Report of the Municipal Commissioner on the plague in Bombay for the year ending 31st May... - Volume 2
Disease focus: Plague
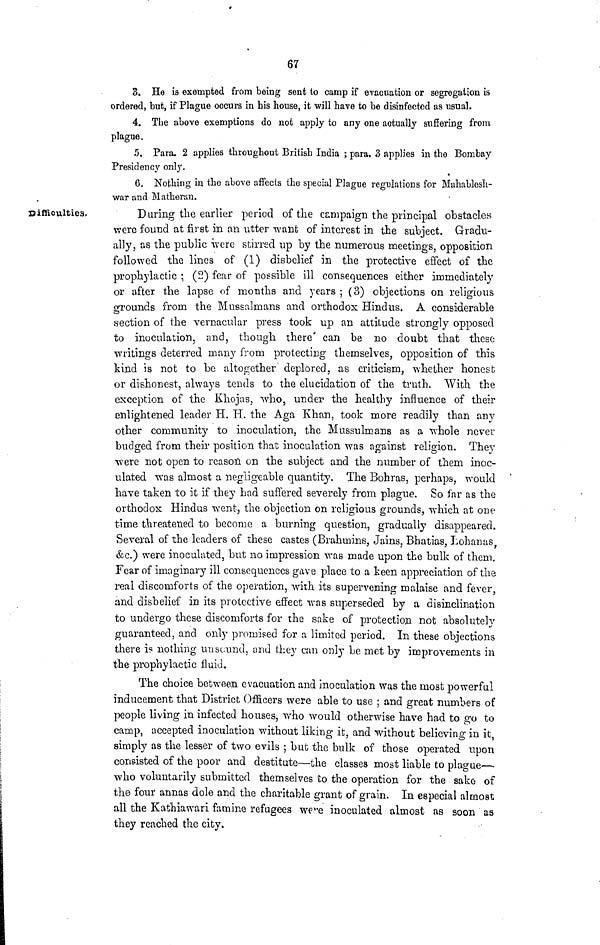
67
3. He is exempted from being sent to camp if evacuation or segregation is
ordered, but, if Plague occurs in bis house, it will have to be disinfected as usual.
4. The above exemptions do not apply to any one actually suffering from
plague.
5. Para. 2 applies throughout British India ; para. 3 applies in the Bombay
Presidency only.
6. Nothing in the above affects the special Plague regulations for Mahablesh-
war and Matherun.
Difficulties.
During the earlier period of the campaign the principal obstacles
were found at first in an utter want of interest in the subject. Gradu-
ally, as the public were stirred up by the numerous meetings, opposition
followed the lines of (1) disbelief in the protective effect of the
prophylactic ; (2) fear of possible ill consequences either immediately
or after the lapse of months and years ; (3) objections on religious
grounds from the Mussalmans and orthodox Hindus. A considerable
section of the vernacular press took up an attitude strongly opposed
to inoculation, and, though there can be no doubt that these
writings deterred many from protecting themselves, opposition of this
kind is not to be altogether deplored, as criticism, whether honest
or dishonest, always tends to the elucidation of the truth. With the
exception of the Khojas, who, under the healthy influence of their
enlightened leader H. H. the Aga Khan, took more readily than any
other community to inoculation, the Mussulmans as a whole never
budged from their position that inoculation was against religion. They
were not open to reason on the subject and the number of them inoc-
ulated was almost a negligeable quantity. The Bohras, perhaps, would
have taken to it if they had suffered severely from plague. So far as the
orthodox Hindus went, the objection on religious grounds, which at one
time threatened to become a burning question, gradually disappeared.
Several of the leaders of these castes (Brahmins, Jains, Bhatias, Loharuis,
&c.) were inoculated, but no impression was made upon the bulk of them.
Fear of imaginary ill consequences gave place to a keen appreciation of the
real discomforts of the operation, with its supervening malaise and fever,
and disbelief in its protective effect was superseded by a disinclination
to undergo these discomforts for the sake of protection not absolutely
guaranteed, and only promisee! for a limited period. In these objections
there is nothing unscund. and they can only be met by improvements in
the prophylactic fluid.
The choice between evacuation and inoculation was the most powerful
inducement that District Officers were able to use ; and great numbers of
people living in infected houses, who would otherwise have had to go to
camp, accepted inoculation without liking it, and without believing in it,
simply as the lesser of two evils ; but the bulk of those operated upon
consisted of the poor and destitute—the classes most liable to plague—
who voluntarily submitted themselves to the operation for the sake of
the four annas dole and the charitable grant of grain. In especial almost
all the Kathiawari famine refugees w?"e inoculated almost as soon as
they reached the city.